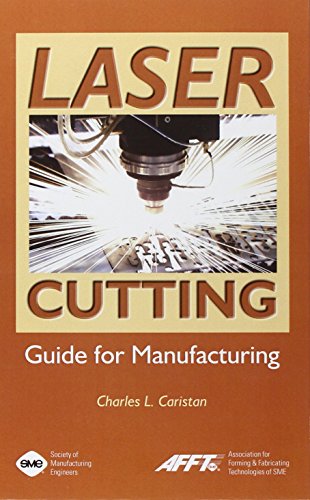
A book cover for Laser Cutting Guide for Manufacturing; Charles L. Caristan; Science & Math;